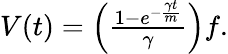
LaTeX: \begin{array}{r}{V(t)=\left({\frac{1-e^{-{\frac{\gamma t}{m}}}}{\gamma}}\right)f.}\end{array}